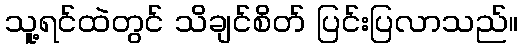
သူ့ရင်ထဲတွင် သိချင်စိတ် ပြင်းပြလာသည်။